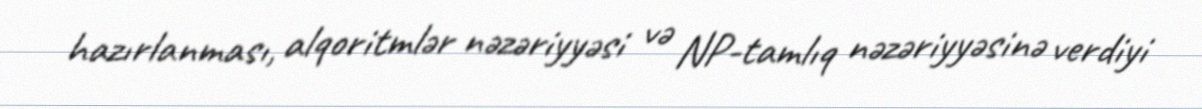
hazırlanması, alqoritmlər nəzəriyyəsi və NP-tamlıq nəzəriyyəsinə verdiyi